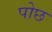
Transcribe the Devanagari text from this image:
पोछ